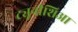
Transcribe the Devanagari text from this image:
ट्यूनीशिआ